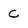
Character: C